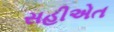
સહીએત